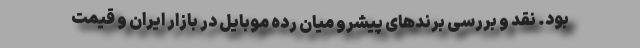
بود. نقد و بررسی برندهای پیشرو میان رده موبایل در بازار ایران و قیمت